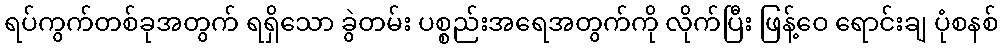
ရပ်ကွက်တစ်ခုအတွက် ရရှိသော ခွဲတမ်း ပစ္စည်းအရေအတွက်ကို လိုက်ပြီး ဖြန့်ဝေ ရောင်းချ ပုံစနစ်